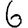
Digit: 6